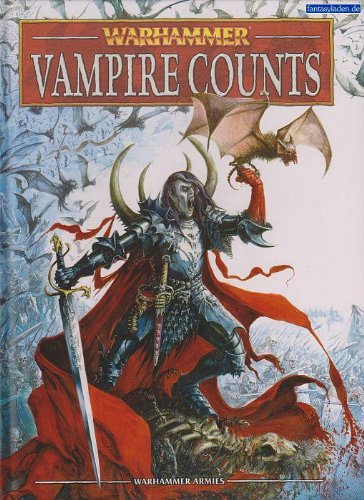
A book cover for Warhammer: Vampire Counts; Science Fiction & Fantasy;